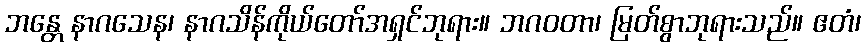
ဘန္တေ နာဂသေန၊ နာဂသိန်ကိုယ်တော်အရှင်ဘုရား။ ဘဂဝတာ၊ မြတ်စွာဘုရားသည်။ ဧတံ၊